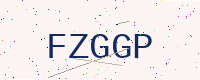
Text: FZGGP